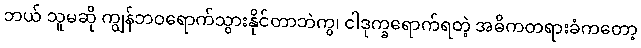
ဘယ် သူမဆို ကျွန်ဘဝရောက်သွားနိုင်တာဘဲကွ၊ ငါဒုက္ခရောက်ရတဲ့ အဓိကတရားခံကတော့